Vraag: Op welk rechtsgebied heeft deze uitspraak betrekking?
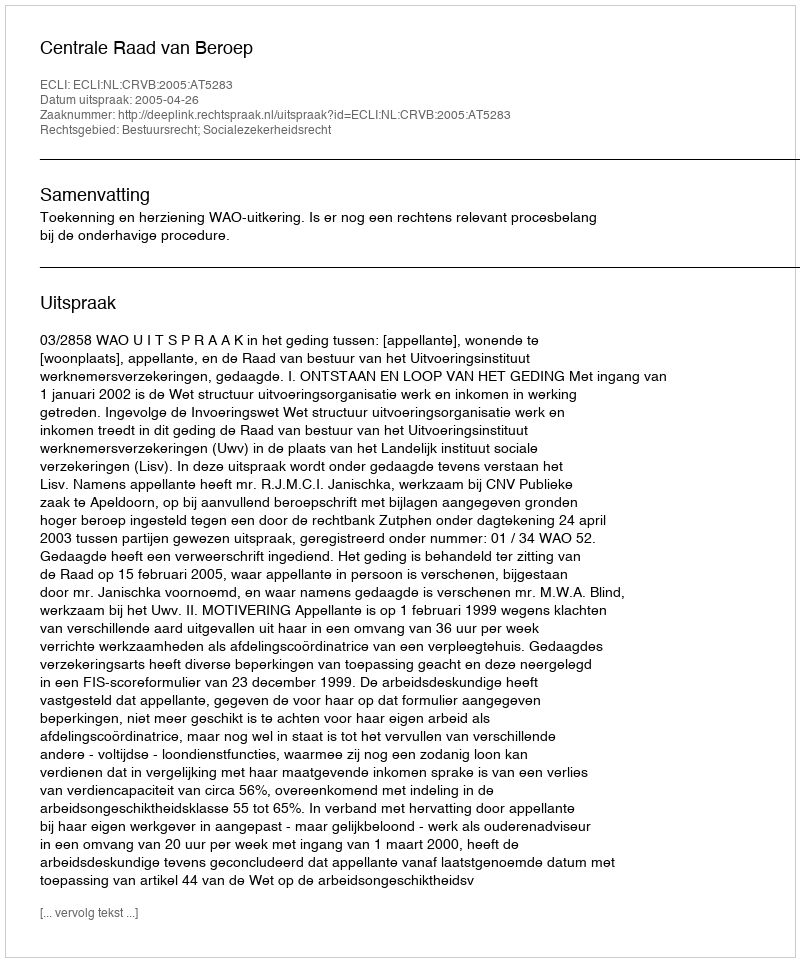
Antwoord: Bestuursrecht; Socialezekerheidsrecht